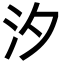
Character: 汐